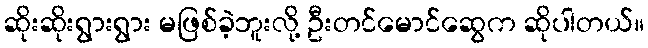
ဆိုးဆိုးရွားရွား မဖြစ်ခဲ့ဘူးလို့ ဦးတင်မောင်ဆွေက ဆိုပါတယ်။